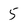
Character: 5